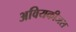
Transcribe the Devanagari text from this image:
अवियकीजस